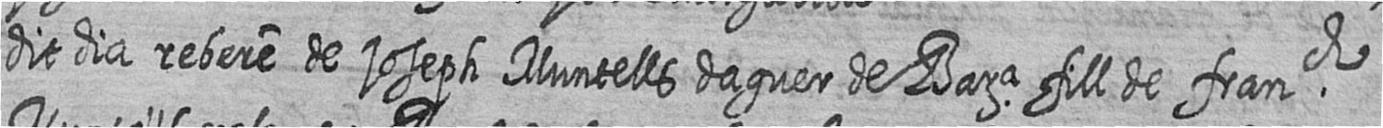
dit dia rebere de Joseph Muntells daguer de Bara fill de franch